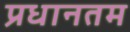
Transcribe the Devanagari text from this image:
प्रधानतम